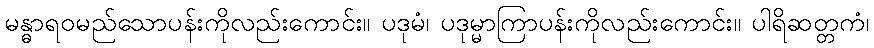
မန္ဓာရဝမည်သောပန်းကိုလည်းကောင်း။ ပဒုမံ၊ ပဒုမ္မာကြာပန်းကိုလည်းကောင်း။ ပါရိဆတ္တကံ၊